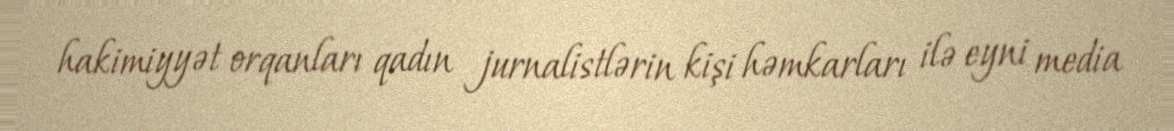
hakimiyyət orqanları qadın jurnalistlərin kişi həmkarları ilə eyni media